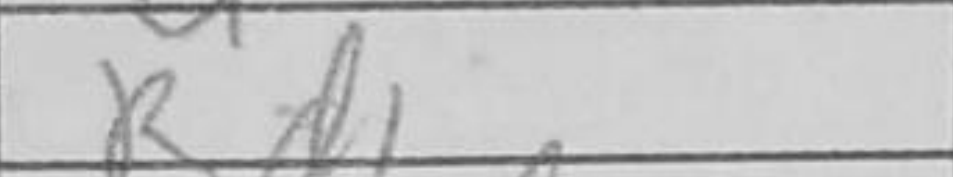
Transcription: Rd1